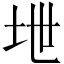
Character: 𪣅